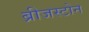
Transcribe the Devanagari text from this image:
ब्रीजस्टोन